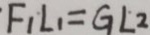
F _ { 1 } l _ { 1 } = G L 2